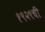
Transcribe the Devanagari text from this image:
१९२९ची